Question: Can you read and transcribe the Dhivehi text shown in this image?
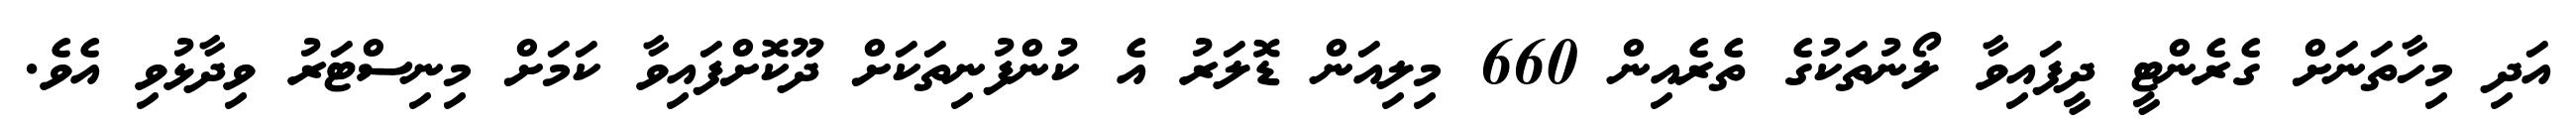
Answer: އަދި މިހާތަނަށް ގެރެންޓީ ދީފައިވާ ލޯނުތަކުގެ ތެރެއިން 660 މިލިއަން ޑޮލަރު އެ ކުންފުނިތަކަށް ދޫކޮށްފައިވާ ކަމަށް މިނިސްޓަރު ވިދާޅުވި އެވެ.